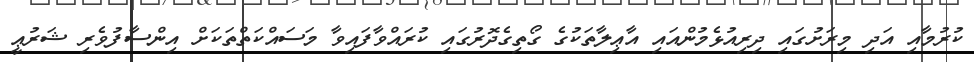
ކުރުމާއި އަދި މިރަށުގައި ދިރިއުޅެމުންއައި އާޢިލާތަކުގެ ގޯތިގެދޮރުގައި ކުރައްވާފައިވާ މަސައްކަތްތަކަށް އިންސާފުވެރި ޝަރުޢީ